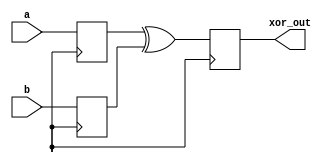
module xor_gate_delay (
  input wire a,
  input wire b,
  output reg xor_out
);

  reg delay_a;
  reg delay_b;

  always @(posedge clk) begin
    delay_a <= a;
    delay_b <= b;
    // Add delay here based on timing constraints
    // This delay should be properly calculated to meet the timing requirements
    xor_out <= delay_a ^ delay_b;
  end

endmodule